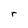
Character: r